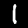
Label: 1